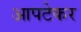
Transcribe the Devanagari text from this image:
आपटेकर